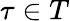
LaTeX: \tau\in T